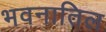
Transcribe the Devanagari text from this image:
भवनातिल